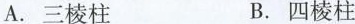
A.三棱柱 B.四棱柱